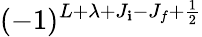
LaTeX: (-1)^{L+\lambda+J_{\mathbf{i}}-J_{f}+\frac{{1}}{{2}}}